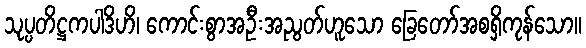
သုပ္ပတိဋ္ဌကပါဒိဟိ၊ ကောင်းစွာအဦးအညွတ်ဟူသော ခြေတော်အစရှိကုန်သော။